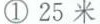
①25米